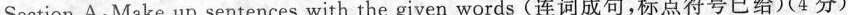
Section A: Make up sentence with the given words(连词成句，标点符号已给)（4分）